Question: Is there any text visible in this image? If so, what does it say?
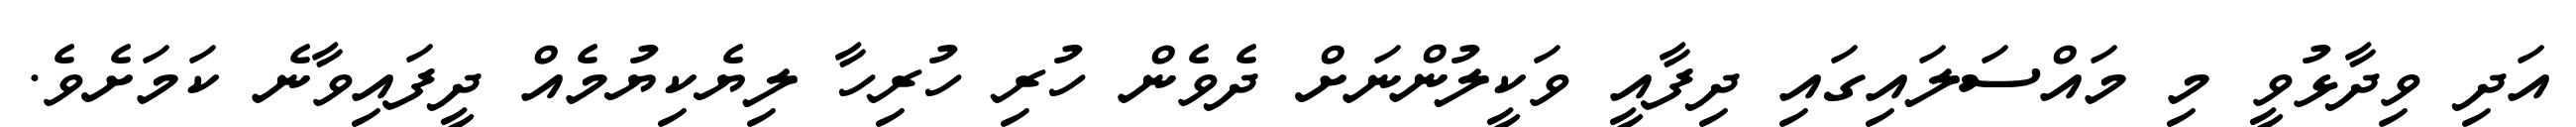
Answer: އަދި ވިދާޅުވީ މި މައްސަލައިގައި ދިފާއީ ވަކީލުންނަށް ދެވެން ހުރި ހުރިހާ ލިޔެކިޔުމެއް ދީފައިވާނެ ކަމަށެވެ.